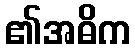
၏အဓိက